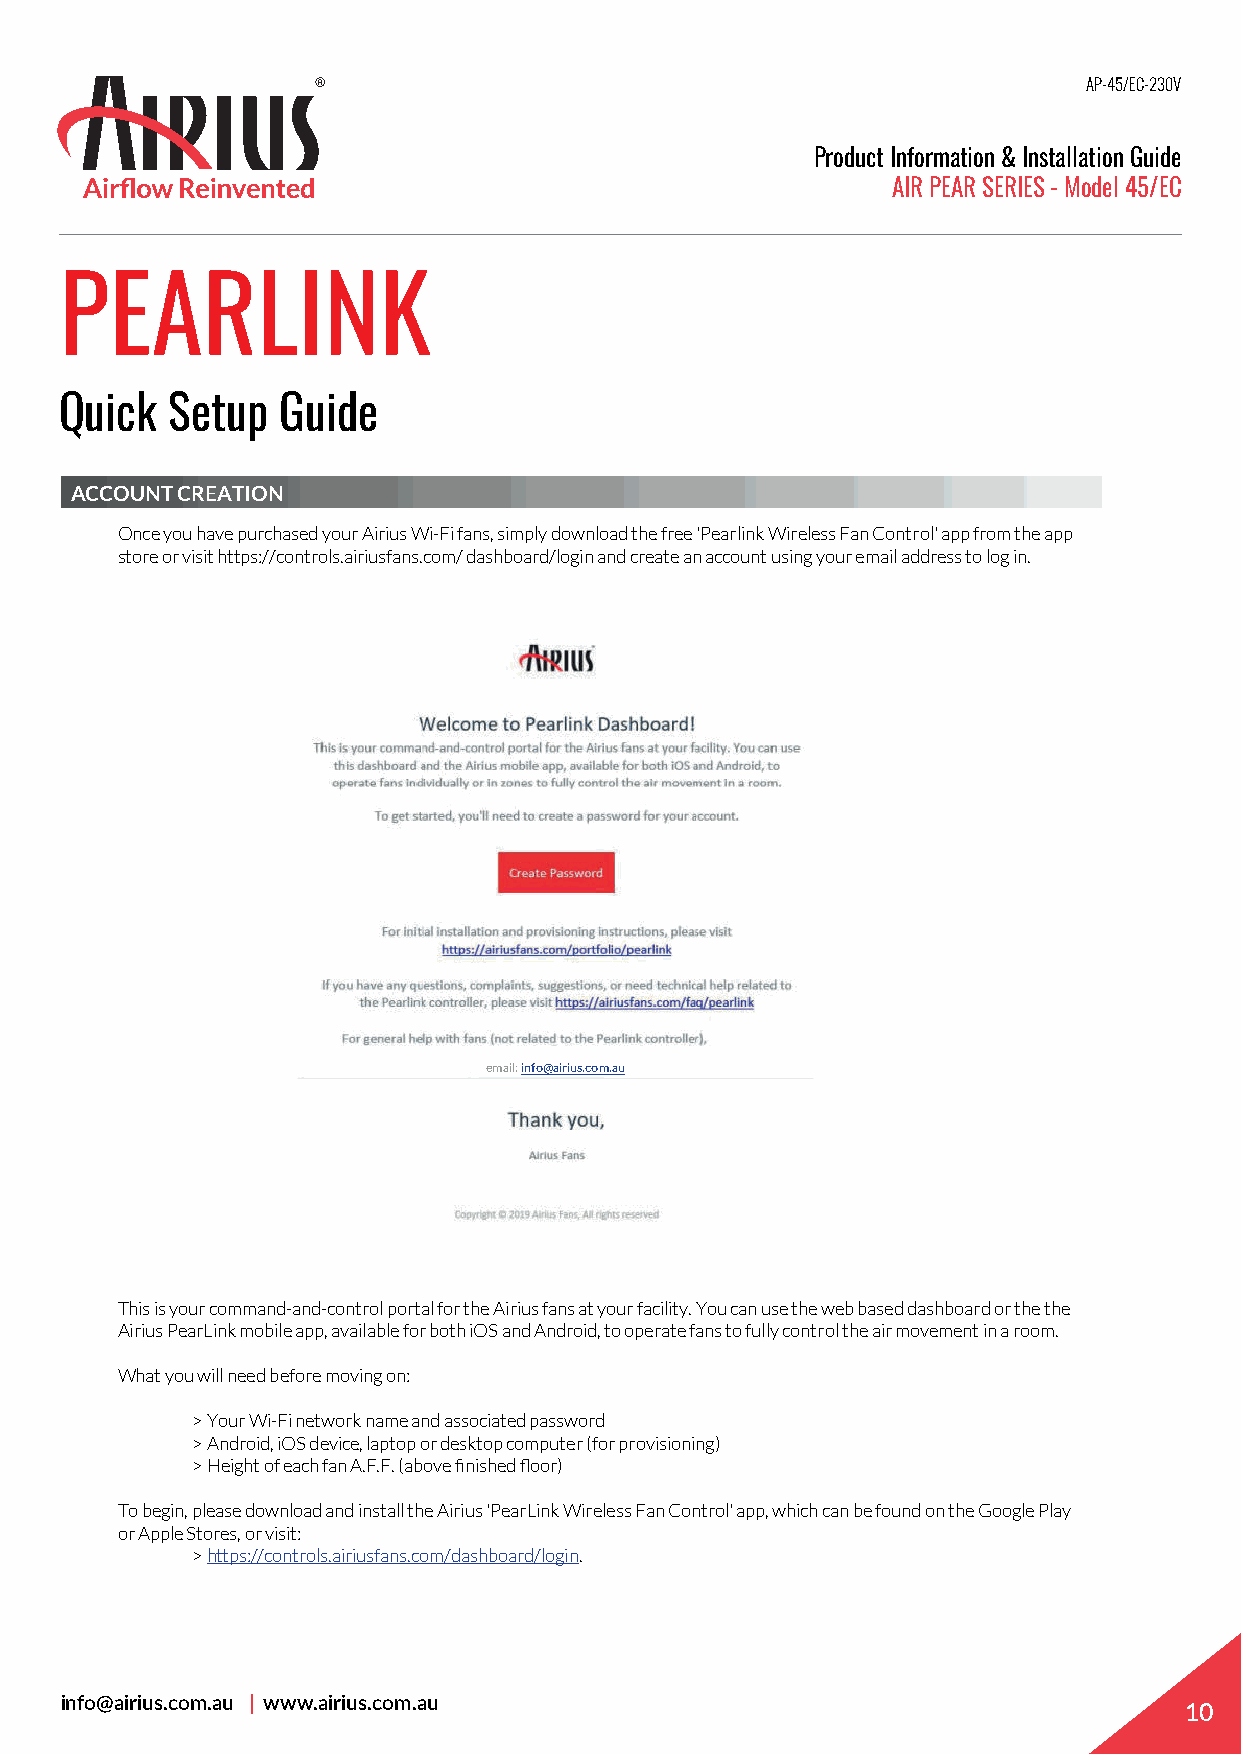
AP-45/EC-230V
 Product Information & Installation Guide
 AIR PEAR SERIES - Model 45/EC
 PEARLINK
 Quick  Setup  Guide
 ACCOUNT CREATION
 Once you have purchased your Airius Wi-Fi fans, simply download the free 'Pearlink Wireless Fan Control' app from the app
 store or visit https://controls.airiusfans.com/ dashboard/login and create an account using your email address to log in.
 email: info@airius.com.au
 This is your command-and-control portal for the Airius fans at your facility. You can use the web based dashboard or the the
 Airius PearLink mobile app, available for both iOS and Android, to operate fans to fully control the air movement in a room.
 What you will need before moving on:
 > Your Wi-Fi network name and associated password
 > Android, iOS device, laptop or desktop computer (for provisioning)
 > Height of each fan A.F.F. (above finished floor)
 To begin, please download and install the Airius 'PearLink Wireless Fan Control' app, which can be found on the Google Play
 or Apple Stores, or visit:
 > https://controls.airiusfans.com/dashboard/login.
 info@airius.com.au | www.airius.com.au
 10